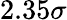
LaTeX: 2.35\sigma